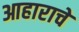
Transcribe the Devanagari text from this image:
आहाराचे